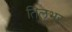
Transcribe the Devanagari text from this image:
तिलभर